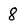
Character: 8